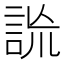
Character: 詤